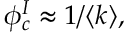
\phi _ { c } ^ { I } \approx 1 / \langle k \rangle ,